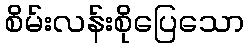
စိမ်းလန်းစိုပြေသော